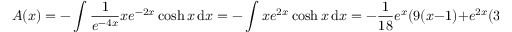
A ( x ) = - \int { \frac { 1 } { e ^ { - 4 x } } } x e ^ { - 2 x } \cosh x \, \mathrm { d } x = - \int x e ^ { 2 x } \cosh x \, \mathrm { d } x = - { \frac { 1 } { 1 8 } } e ^ { x } ( 9 ( x - 1 ) + e ^ { 2 x } ( 3 x - 1 ) ) + C _ { 1 }